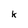
Character: k